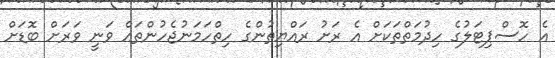
އެ ހޮސްޕިޓަލުގެ ހިދުމަތްތަކަށް އެ ރަށު ރައްޔިތުންގެ ހިތްހަމަނުޖެހުންތައް ވަނީ ވަރަށް ބޮޑަށް